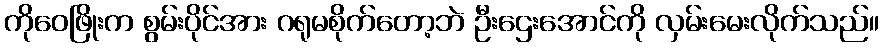
ကိုဝေဖြိုးက စွမ်းပိုင်အား ဂရုမစိုက်တော့ဘဲ ဦးဌေးအောင်ကို လှမ်းမေးလိုက်သည်။